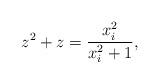
LaTeX: \begin{align*}z^2+z=\frac{x^2_i}{x^2_i+1},\end{align*}